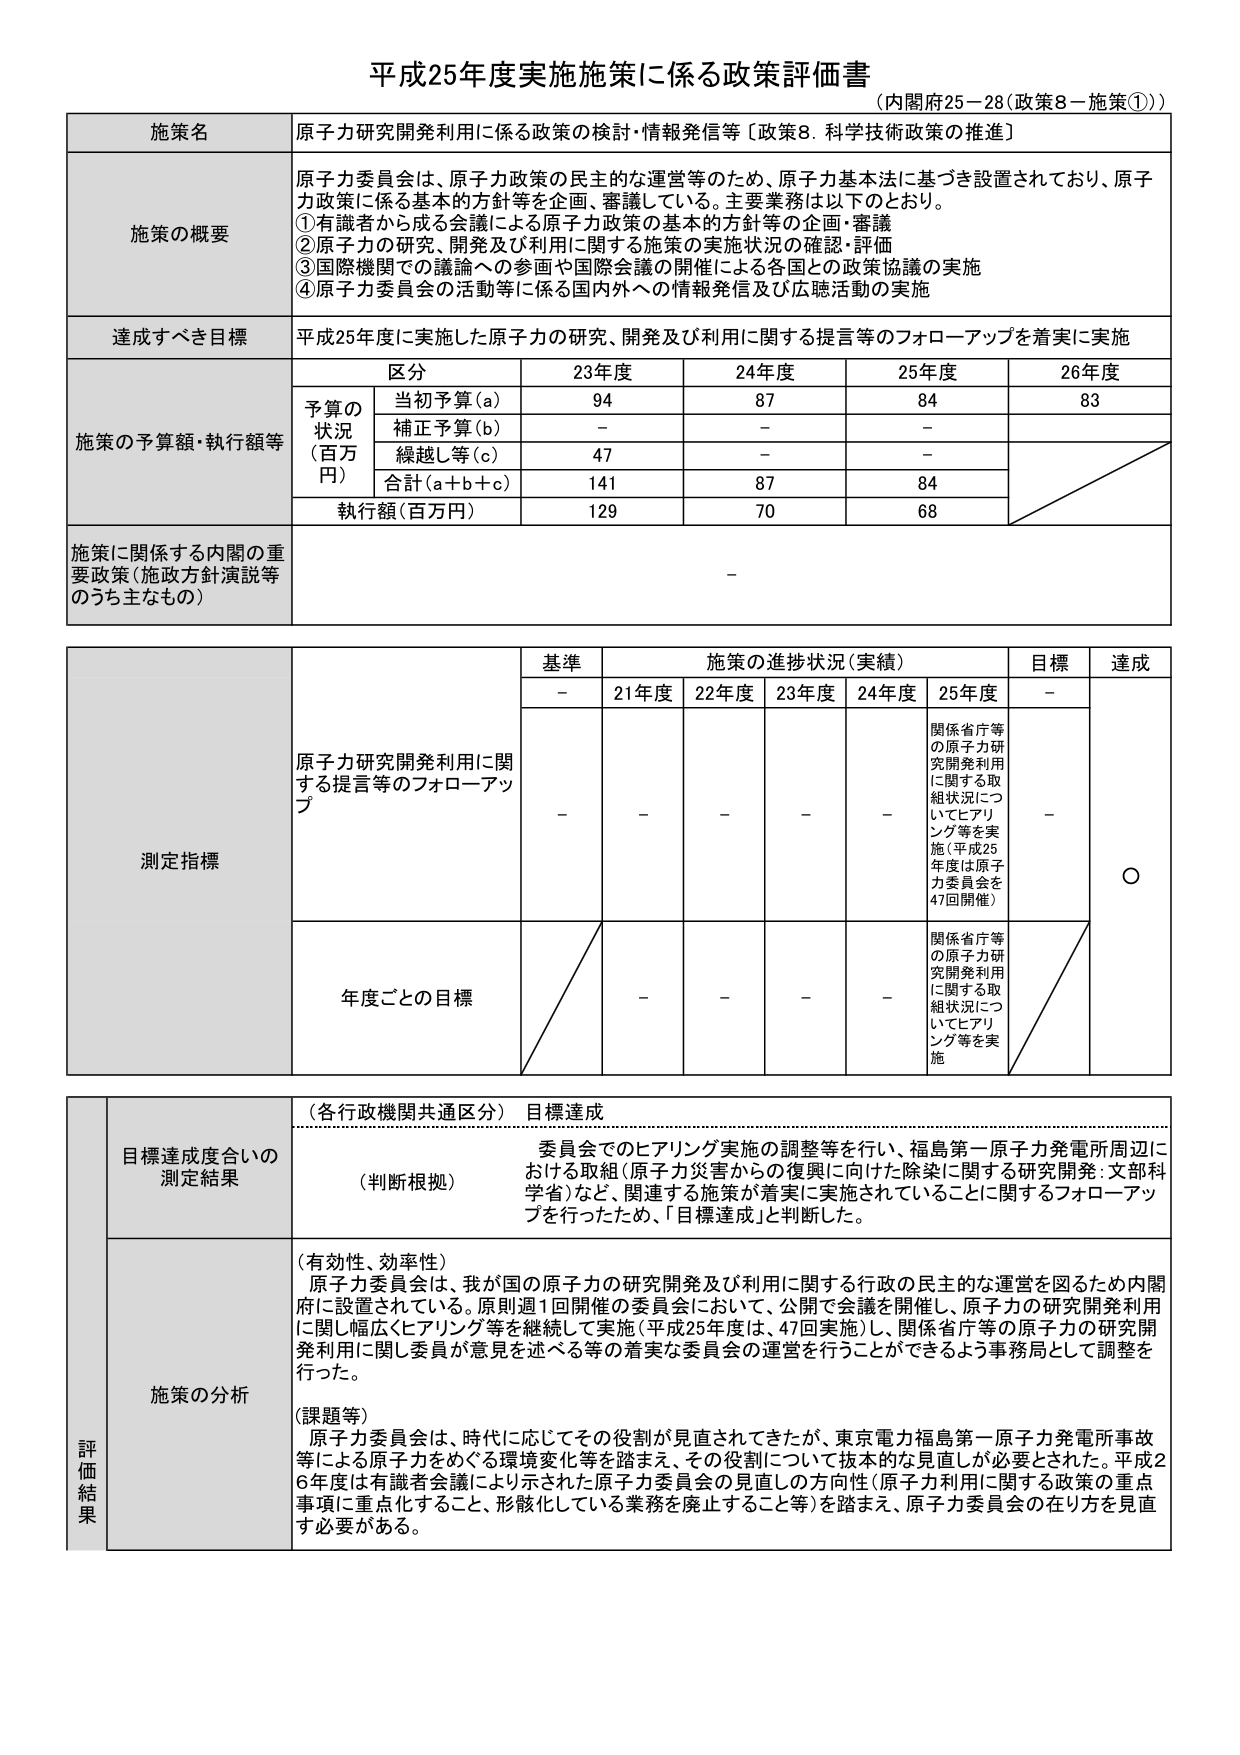
平成25年度実施施策に係る政策評価書
（内閣府25－28（政策8－施策①））

施策名
原子力研究開発利用に係る政策の検討・情報発信等〔政策8．科学技術政策の推進〕

施策の概要
原子力委員会は、原子力政策の民主的な運営等のため、原子力基本法に基づき設置されており、原子力政策に係る基本的方針等を企画、審議している。主要業務は以下のとおり。
①有識者から成る会議による原子力政策の基本的方針等の企画・審議
②原子力の研究、開発及び利用に関する施策の実施状況の確認・評価
③国際機関での議論への参画や国際会議の開催による各国との政策協議の実施
④原子力委員会の活動等に係る国内外への情報発信及び広聴活動の実施

達成すべき目標
平成25年度に実施した原子力の研究、開発及び利用に関する提言等のフォローアップを着実に実施

施策の予算額・執行額等
区分 23年度 24年度 25年度 26年度
予算の状況（百万円）
当初予算（a） 94 87 84 83
補正予算（b） － － －
繰越し等（c） 47 － －
合計（a＋b＋c） 141 87 84
執行額（百万円） 129 70 68

施策に関係する内閣の重要政策（施政方針演説等のうち主なもの）
－

測定指標
基準 施策の進捗状況（実績） 目標 達成
－ 21年度 22年度 23年度 24年度 25年度 －
原子力研究開発利用に関する提言等のフォローアップ
－ － － － － 関係省庁等の原子力研究開発利用に関する取組状況についてヒアリング等を実施（平成25年度は原子力委員会を47回開催） － ○
年度ごとの目標
－ － － － － 関係省庁等の原子力研究開発利用に関する取組状況についてヒアリング等を実施

評価結果
目標達成度合いの測定結果
（各行政機関共通区分）目標達成
（判断根拠）
委員会でのヒアリング実施の調整等を行い、福島第一原子力発電所周辺における取組（原子力災害からの復興に向けた除染に関する研究開発：文部科学省）など、関連する施策が着実に実施されていることに関するフォローアップを行ったため、「目標達成」と判断した。

施策の分析
（有効性、効率性）
原子力委員会は、我が国の原子力の研究開発及び利用に関する行政の民主的な運営を図るため内閣府に設置されている。原則週1回開催の委員会において、公開で会議を開催し、原子力の研究開発利用に関し幅広くヒアリング等を継続して実施（平成25年度は、47回実施）し、関係省庁等の原子力の研究開発利用に関し委員が意見を述べる等の着実な委員会の運営を行うことができるよう事務局として調整を行った。

（課題等）
原子力委員会は、時代に応じてその役割が見直されてきたが、東京電力福島第一原子力発電所事故等による原子力をめぐる環境変化等を踏まえ、その役割について抜本的な見直しが必要とされた。平成26年度は有識者会議により示された原子力委員会の見直しの方向性（原子力利用に関する政策の重点事項に重点化すること、形骸化している業務を廃止すること等）を踏まえ、原子力委員会の在り方を見直す必要がある。